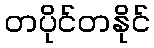
တပိုင်တနိုင်